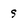
Character: s